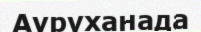
Ауруханада